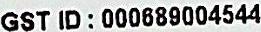
GST ID : 000689004544